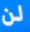
لن